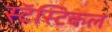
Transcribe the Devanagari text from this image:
स्टॅस्टिकल